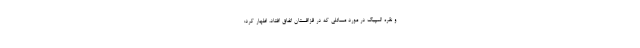
و نقره المپیک در مورد مسائلی که در قزاقستان اتفاق افتاد، اظهار کرد: